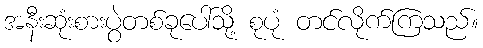
အနီးဆုံးစားပွဲတစ်ခုပေါ်သို့ စုပုံ တင်လိုက်ကြသည်။